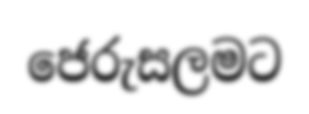
ජෙරුසලමට